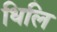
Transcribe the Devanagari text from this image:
धिलि